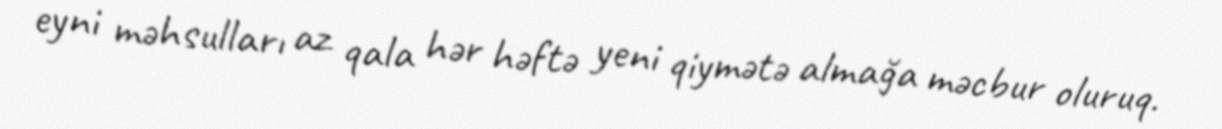
eyni məhsulları az qala hər həftə yeni qiymətə almağa məcbur oluruq.